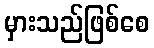
မှားသည်ဖြစ်စေ